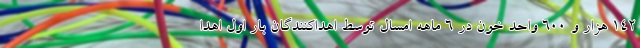
۱۴۲ هزار و ۶۰۰ واحد خون در ۶ ماهه امسال توسط اهداکنندگان بار اول اهدا